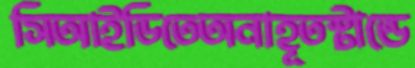
সিআইডিতেঅনাহূতস্টান্ডে